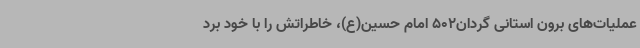
عملیات‌های برون استانی گردان502 امام حسین(ع)، خاطراتش را با خود برد